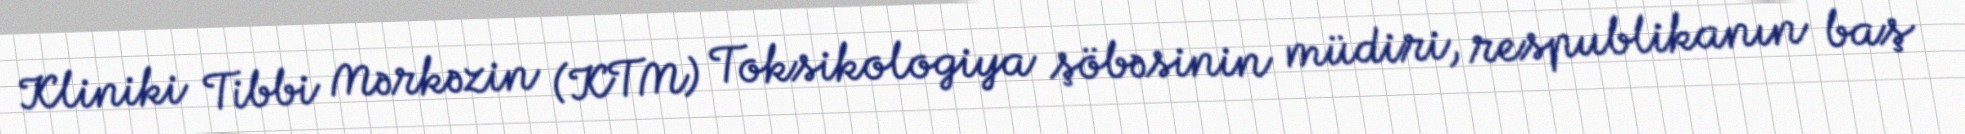
Kliniki Tibbi Mərkəzin (KTM) Toksikologiya şöbəsinin müdiri, respublikanın baş